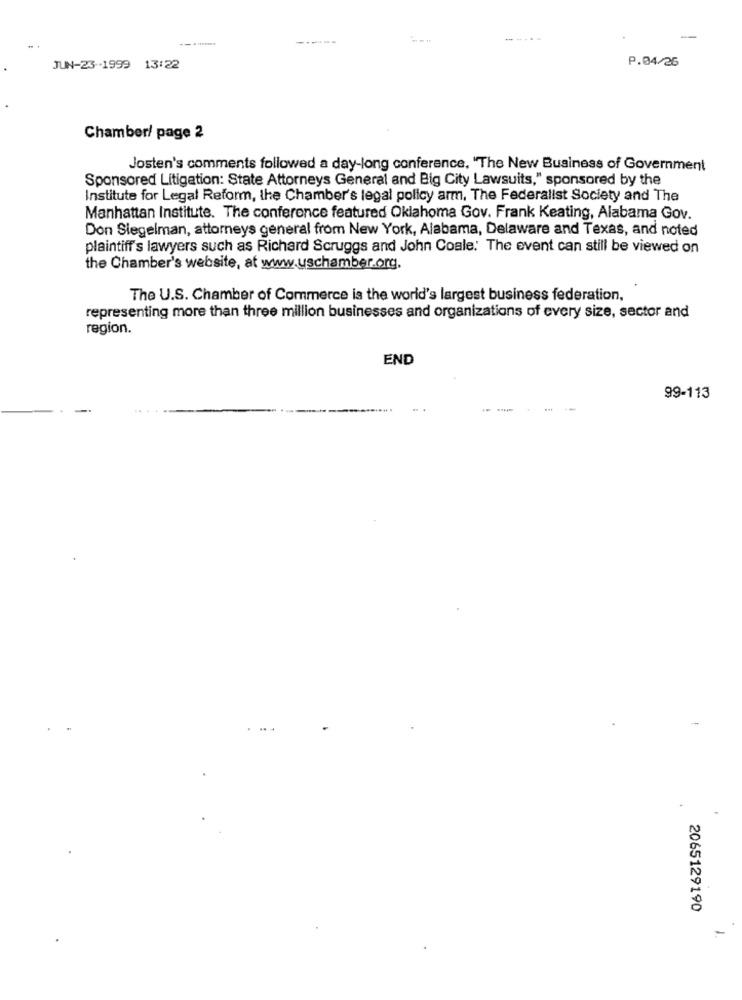
-----
-
P.04/26
JUN-23-1999 13:22
Chamber/ page 2
Josten's comments followed a day-long conference. "The New Business of Government
Sponsored Litigation: State Attorneys General and Big City Lawsuits," sponsored by the
Institute for Legal Reform, the Chamber's legal policy arm, The Federalist Society and The
Manhattan Institute. The conference featured Oklahoma Gov. Frank Keating, Alabama Gov.
Don Siegelman, attorneys general from New York, Alabama, Delaware and Texas, and noted
plaintiff's lawyers such as Richard Scruggs and John Coale: The event can still be viewed on
the Chamber's website, at www.uschamber.org.
The U.S. Chamber of Commerce is the world's largest business federation,
representing more than three million businesses and organizations of every size, sector and
region.
END
99-113
2065129190